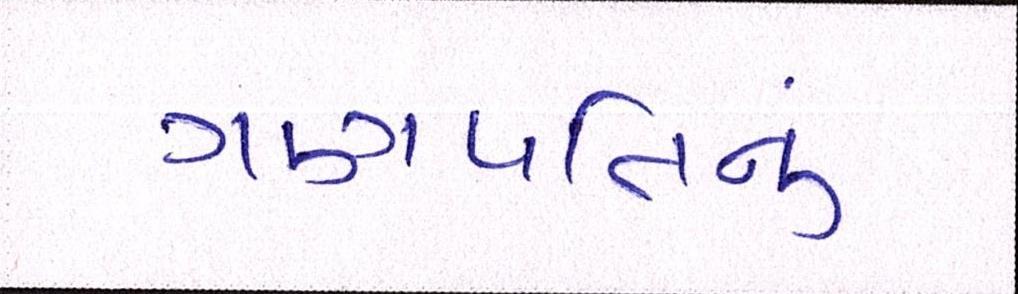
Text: ગણપતિનું